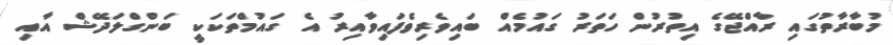
މުބާރާތުގައި ރާއްޖޭގެ އިތުރުން ހަތަރު ގައުމެއް ބައިވެރިވެފައިވާއިރު އެ ގައުމްތަކަކީ ބަންގްލަދޭޝް އާއި